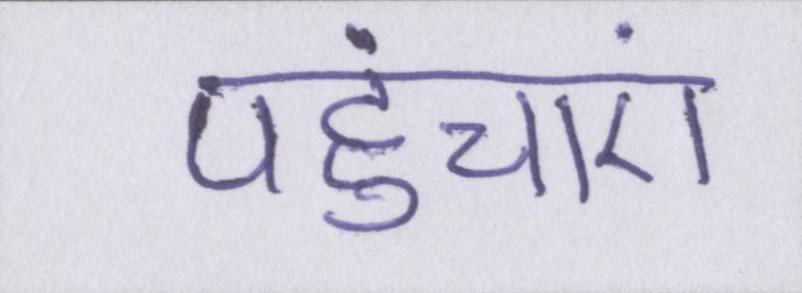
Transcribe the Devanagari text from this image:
पहुंचाएं